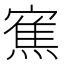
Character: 𭔓